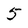
Character: 5